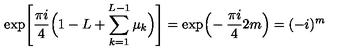
\exp \! \left[ \frac { \pi i } { 4 } \Big ( 1 - L + \sum _ { k = 1 } ^ { L - 1 } \mu _ { k } \Big ) \right] = \exp \! \Big ( \! - \frac { \pi i } { 4 } 2 m \Big ) = ( - i ) ^ { m }